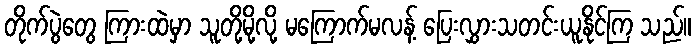
တိုက်ပွဲတွေ ကြားထဲမှာ သူတို့မို့လို့ မကြောက်မလန့် ပြေးလွှားသတင်းယူနိုင်ကြ သည်။